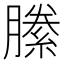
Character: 縢